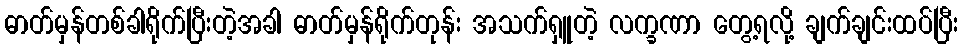
ဓာတ်မှန်တစ်ခါရိုက်ပြီးတဲ့အခါ ဓာတ်မှန်ရိုက်တုန်း အသက်ရှူတဲ့ လက္ခဏာ တွေ့ရလို့ ချက်ချင်းထပ်ပြီး